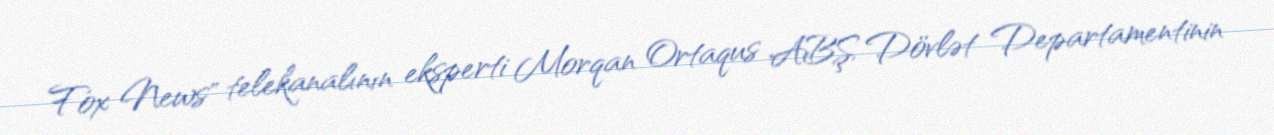
Fox News" telekanalının eksperti Morqan Ortaqus ABŞ Dövlət Departamentinin